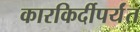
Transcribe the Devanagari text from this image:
कारकिर्दीपर्यंत